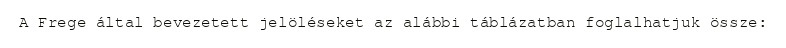
A Frege által bevezetett jelöléseket az alábbi táblázatban foglalhatjuk össze: